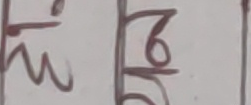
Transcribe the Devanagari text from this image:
मि १०